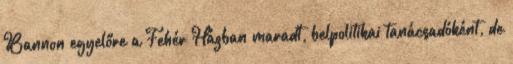
Bannon egyelőre a Fehér Házban maradt, belpolitikai tanácsadóként, de